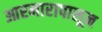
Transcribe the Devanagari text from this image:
आरमारापासून